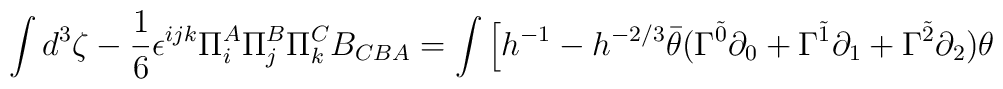
\int d^3 \zeta - \frac{1}{6} \epsilon^{ijk} \Pi_i^A \Pi_j^B \Pi_k^C B_{CBA}= \int \Big[ h^{-1}  - h^{-2/3} \bar{\theta}(\Gamma^{\tilde{0}} \partial_0  + \Gamma^{\tilde{1}} \partial_1 + \Gamma^{\tilde{2}} \partial_2 ) \theta